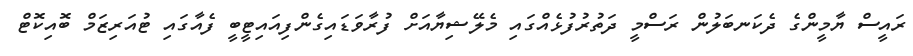
ރައީސް ޔާމީންގެ ދެކަނބަލުން ރަސްމީ ދަތުރުފުޅެއްގައި މެލޭޝިޔާއަށް ފުރާވަޑައިގެންފިއައިޓީބީ ފެއާގައި ޓުއަރިޒަމް ބޮއިކޮޓް